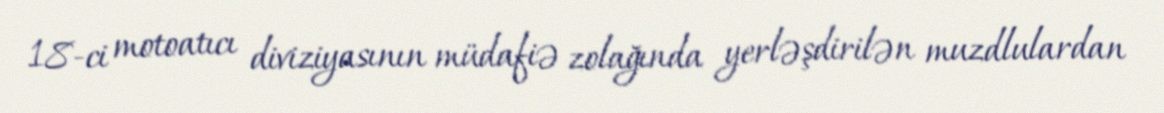
18-ci motoatıcı diviziyasının müdafiə zolağında yerləşdirilən muzdlulardan